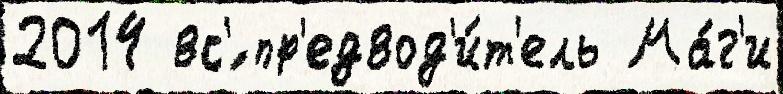
2014 вс'́ пр'едвод'и́т'ель Ма́г'и